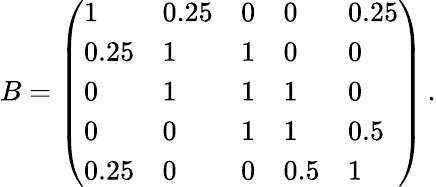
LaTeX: B=\left(\begin{array}{lllll}{1}&{0.25}&{0}&{0}&{0.25}\\ {0.25}&{1}&{1}&{0}&{0}\\ {0}&{1}&{1}&{1}&{0}\\ {0}&{0}&{1}&{1}&{0.5}\\ {0.25}&{0}&{0}&{0.5}&{1}\end{array}\right)\, .